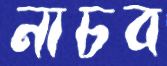
নাচব